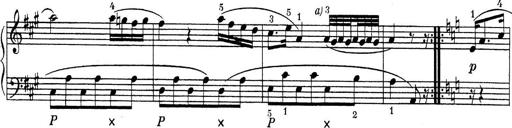
Title: ÄŒeskÃ© Sonatiny
Composer: Various